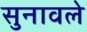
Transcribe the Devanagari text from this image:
सुनावले